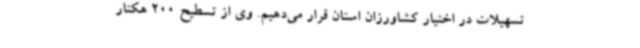
تسهیلات در اختیار کشاورزان استان قرار می‌دهیم. وی از تسطیح 200 هکتار